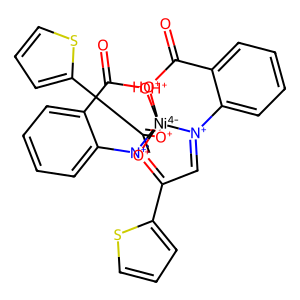
SMILES: O=C1[OH+][Ni-4]234([O+]=C(c5cccs5)C=[N+]2c2ccccc21)[O+]=C(c1cccs1)C=[N+]3c1ccccc1C(=O)[OH+]4
Inhibits HIV replication: No